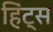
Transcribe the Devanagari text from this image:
हिंट्स